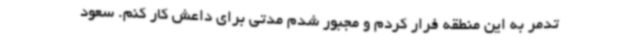
تدمر به این منطقه فرار کردم و مجبور شدم مدتی برای داعش کار کنم. سعود